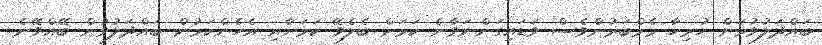
ބައްދަލުވުމަށް ހުރިހާ މެމްބަރުންވެސް ވަޑައިގަންނަވާނެ ކަމަށް ބެލެވޭ ކަމަށާއި އެހެންކަމުން ބައްދަލުވުން ބޭއްވޭނެ